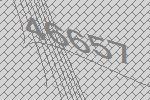
46657